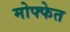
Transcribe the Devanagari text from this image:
मोफ्फेत